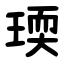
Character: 瑌